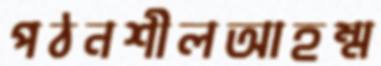
পঠনশীলআহম্ম